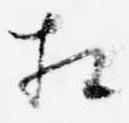
相